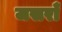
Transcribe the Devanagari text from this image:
जसराँ